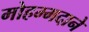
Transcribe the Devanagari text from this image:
मोहम्मदाने